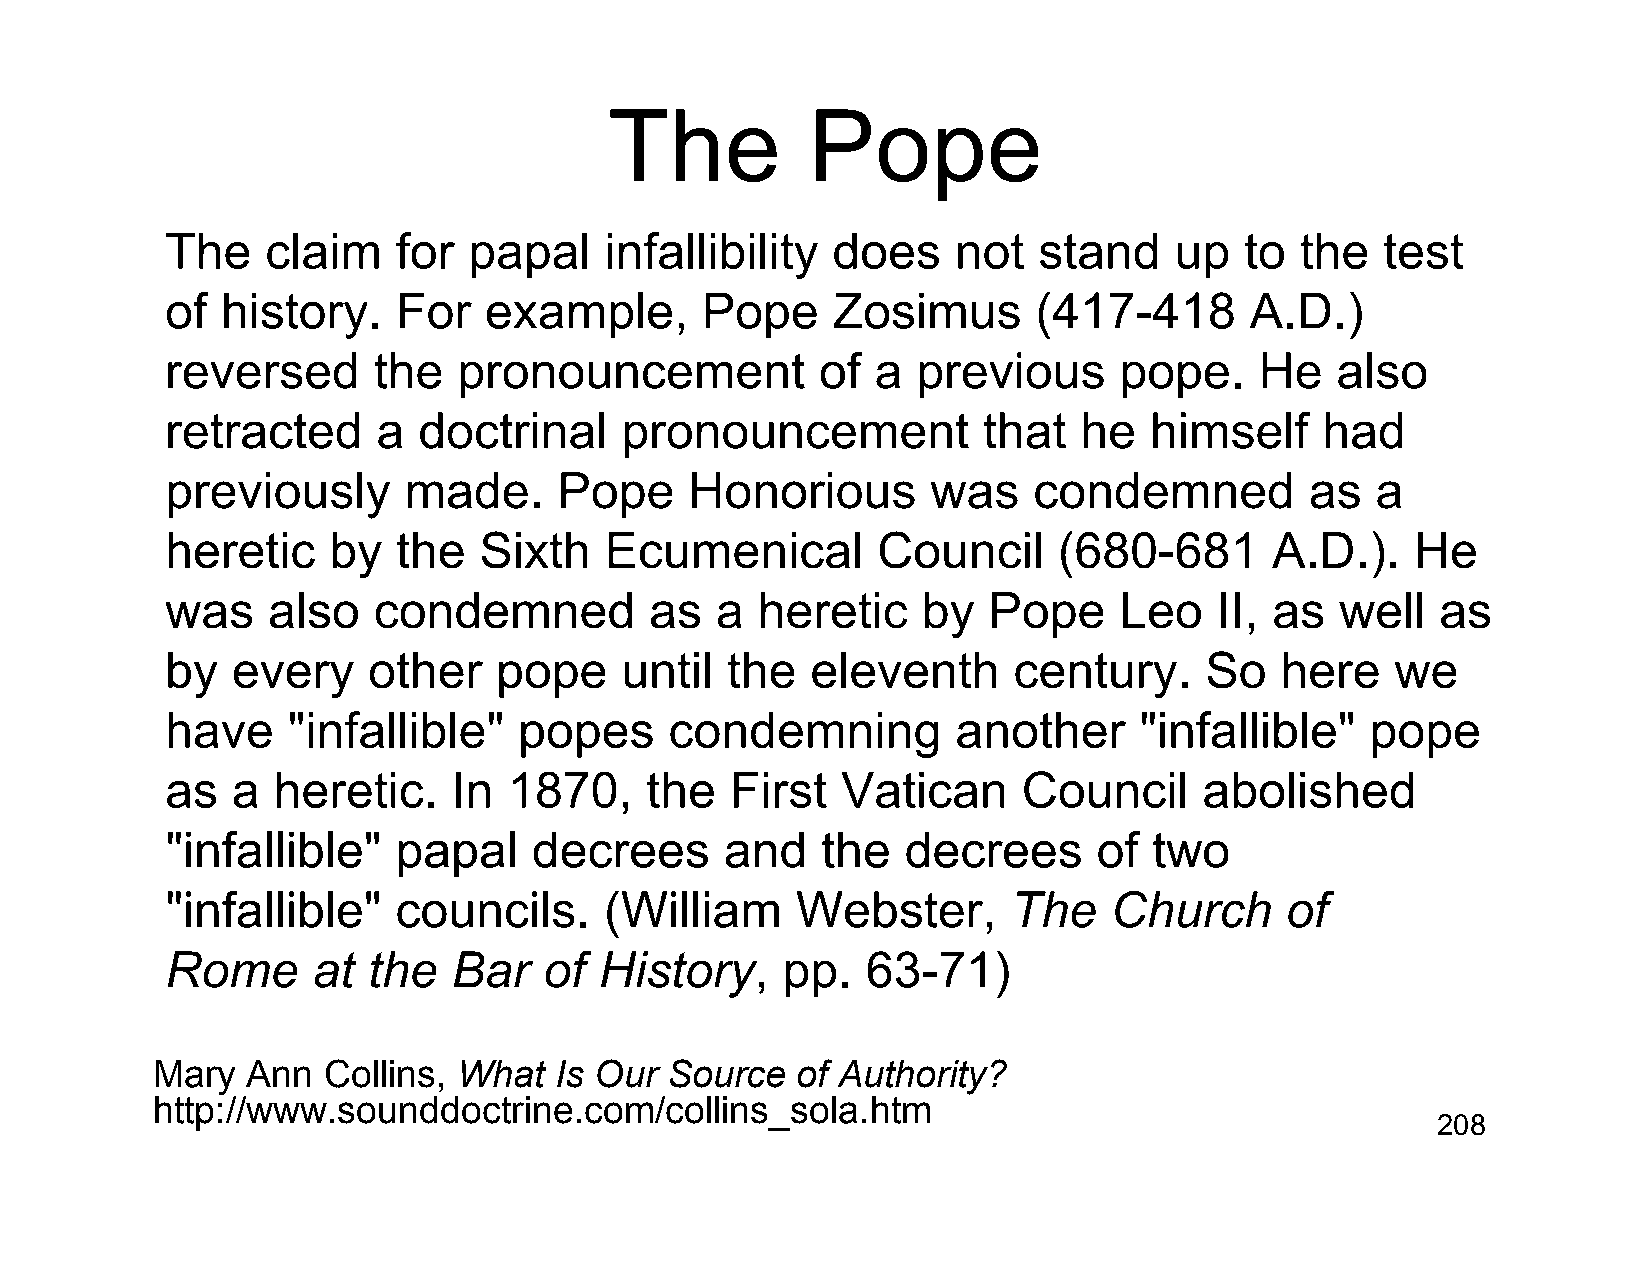
The           Pope
 The    claim   for  papal    infallibility  does    not   stand    up  to  the   test
 of  history.   For   example,      Pope     Zosimus       (417-418      A.D.)
 reversed      the  pronouncement           of  a  previous     pope.    He   also
 retracted     a  doctrinal    pronouncement           that  he   himself    had
 previously      made.     Pope     Honorious       was   condemned          as  a
 heretic    by  the   Sixth   Ecumenical        Council     (680-681      A.D.).    He
 was    also   condemned         as  a  heretic    by  Pope     Leo    II, as  well  as
 by  every    other    pope    until  the   eleventh     century.     So   here   we
 have    "infallible"   popes     condemning         another     "infallible"    pope
 as  a  heretic.    In  1870,    the  First   Vatican     Council     abolished
 "infallible"   papal    decrees      and   the   decrees      of two
 "infallible"   councils.     (William     Webster,      The   Church      of
 Rome      at the   Bar   of  History,    pp.  63-71)
 Mary  Ann  Collins, What   Is Our Source   of Authority?
 http://www.sounddoctrine.com/collins_sola.htm
 208